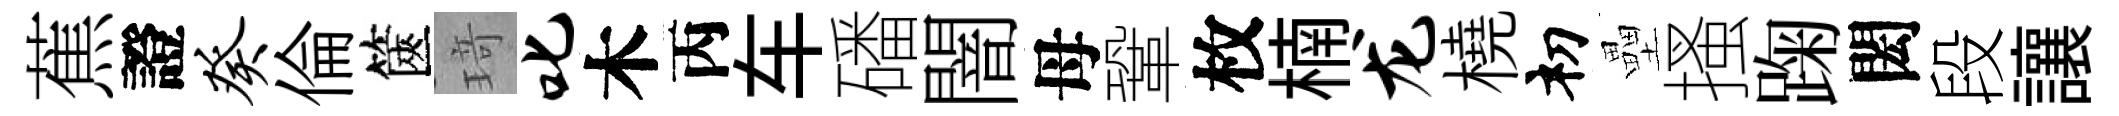
蕉證癸倫篋𤦺叱木丙车磻闇母鞏枚楠龙橈𥘉壘搔踘閎段讓